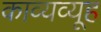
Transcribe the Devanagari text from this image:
काव्यव्यूह